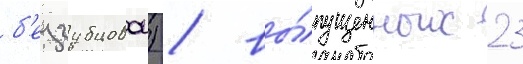
б'еззубцовои) / вы́пущенных 23